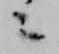
々